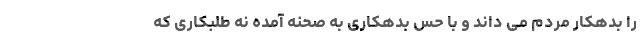
را بدهکار مردم می داند و با حس بدهکاری به صحنه آمده نه طلبکاری که